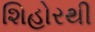
શિહોરથી